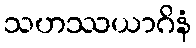
သဟဿယာဂိနံ